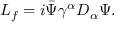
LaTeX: { \cal L } _ { f } = i \bar { \Psi } \gamma ^ { \alpha } { \cal D } _ { \alpha } \Psi .